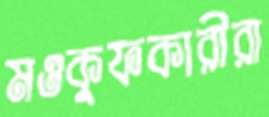
মওকুফকারীরা